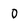
Character: 0